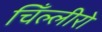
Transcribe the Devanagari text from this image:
चिँल्लीरो